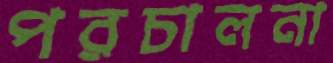
পরচালনা